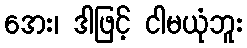
အေး၊ ဒါဖြင့် ငါမယုံဘူး